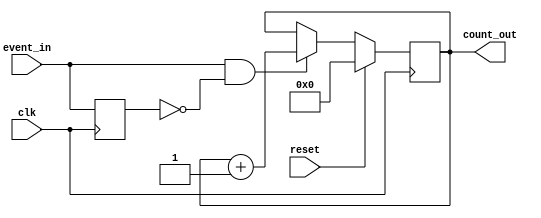
module event_counter (
    input wire clk,            // Clock signal
    input wire reset,          // Reset signal (active high)
    input wire event_in,       // Event signal to trigger counting
    output reg [7:0] count_out // 8-bit count output
);

    // Internal signal to detect rising edge of event_in
    reg event_in_d; // Delayed version of event_in for edge detection

    // Synchronous process for counting and resetting
    always @(posedge clk) begin
        if (reset) begin
            count_out <= 8'b0; // Reset count to zero
        end else begin
            // Edge detection: increment count on rising edge of event_in
            if (event_in && !event_in_d) begin
                count_out <= count_out + 1; // Increment count
            end
        end
        event_in_d <= event_in; // Update delayed event signal
    end

endmodule